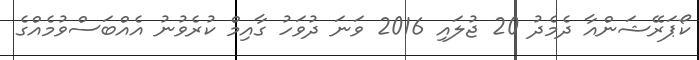
ކޯޕަރޭޝަންއާ ދެމެދު 20 ޖުލައި 2016 ވަނަ ދުވަހު ގާއިމް ކުރެވުނު އެއްބަސްވުމެއްގެ